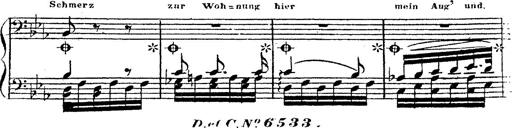
Title: 12 Lieder von Franz Schubert
Composer: Franz Liszt